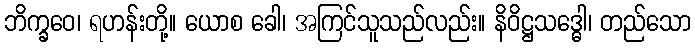
ဘိက္ခဝေ၊ ရဟန်းတို့။ ယောစ ခေါ၊ အကြင်သူသည်လည်း။ နိဝိဋ္ဌသဒ္ဓေါ၊ တည်သော